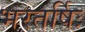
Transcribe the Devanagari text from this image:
भरतर्षिः